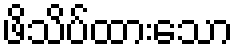
ဖိသိပ်ထားသော